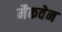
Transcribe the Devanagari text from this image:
मैकवेन